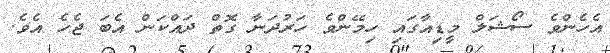
އެހެންވެ ސޯޝަލް މީޑިއާގައި ހިމޭންވެ ހަރުދަނާ ގޮތް ދައްކަން އެބަ ޖެހެ އެވެ.